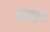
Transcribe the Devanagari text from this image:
सह्य़ा